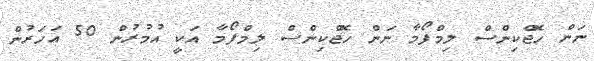
ނަން ހޮޖްކިންސް ލިމްފޯމާ ނަން ހޮޖްކިންސް ލިމްފޯމާ އަކީ އުމުރުން 50 އަހަރުން